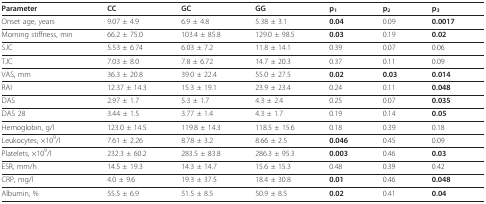
| Parameter | CC | GC | GG | p1 | p2 | p3 |
 | --- | --- | --- | --- | --- | --- | --- |
 | Onset age, years | 9.07 ± 4.9 | 6.9 ± 4.8 | 5.38 ± 3.1 | 0.04 | 0.09 | 0.0017 |
 | Morning stiffness, min | 66.2 ± 75.0 | 103.4 ± 85.8 | 129.0 ± 98.5 | 0.03 | 0.19 | 0.02 |
 | SJC | 5.53 ± 6.74 | 6.03 ± 7.2 | 11.8 ± 14.1 | 0.39 | 0.07 | 0.06 |
 | TJC | 7.03 ± 8.0 | 7.8 ± 6.72 | 14.7 ± 20.3 | 0.37 | 0.11 | 0.09 |
 | VAS, mm | 36.3 ± 20.8 | 39.0 ± 22.4 | 55.0 ± 27.5 | 0.02 | 0.03 | 0.014 |
 | RAI | 12.37 ± 14.3 | 15.3 ± 19.1 | 23.9 ± 23.4 | 0.24 | 0.11 | 0.048 |
 | DAS | 2.97 ± 1.7 | 5.3 ± 1.7 | 4.3 ± 2.4 | 0.25 | 0.07 | 0.035 |
 | DAS 28 | 3.44 ± 1.5 | 3.77 ± 1.4 | 4.3 ± 1.7 | 0.19 | 0.14 | 0.05 |
 | Hemoglobin, g/l | 123.0 ± 14.5 | 119.8 ± 14.3 | 118.5 ± 15.6 | 0.18 | 0.39 | 0.18 |
 | Leukocytes, ×109/l | 7.61 ± 2.26 | 8.78 ± 3.2 | 8.66 ± 2.5 | 0.046 | 0.45 | 0.09 |
 | Platelets, ×109/l | 232.3 ± 60.2 | 283.5 ± 83.8 | 286.3 ± 95.3 | 0.003 | 0.46 | 0.03 |
 | ESR, mm/h | 14.5 ± 19.3 | 14.3 ± 14.7 | 15.6 ± 15.3 | 0.48 | 0.39 | 0.42 |
 | CRP, mg/l | 4.0 ± 9.6 | 19.3 ± 37.5 | 18.4 ± 30.8 | 0.01 | 0.46 | 0.048 |
 | Albumin, % | 55.5 ± 6.9 | 51.5 ± 8.5 | 50.9 ± 8.5 | 0.02 | 0.41 | 0.04 |